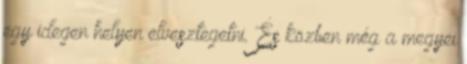
egy idegen helyen elvesztegetni. És közben még a megyei